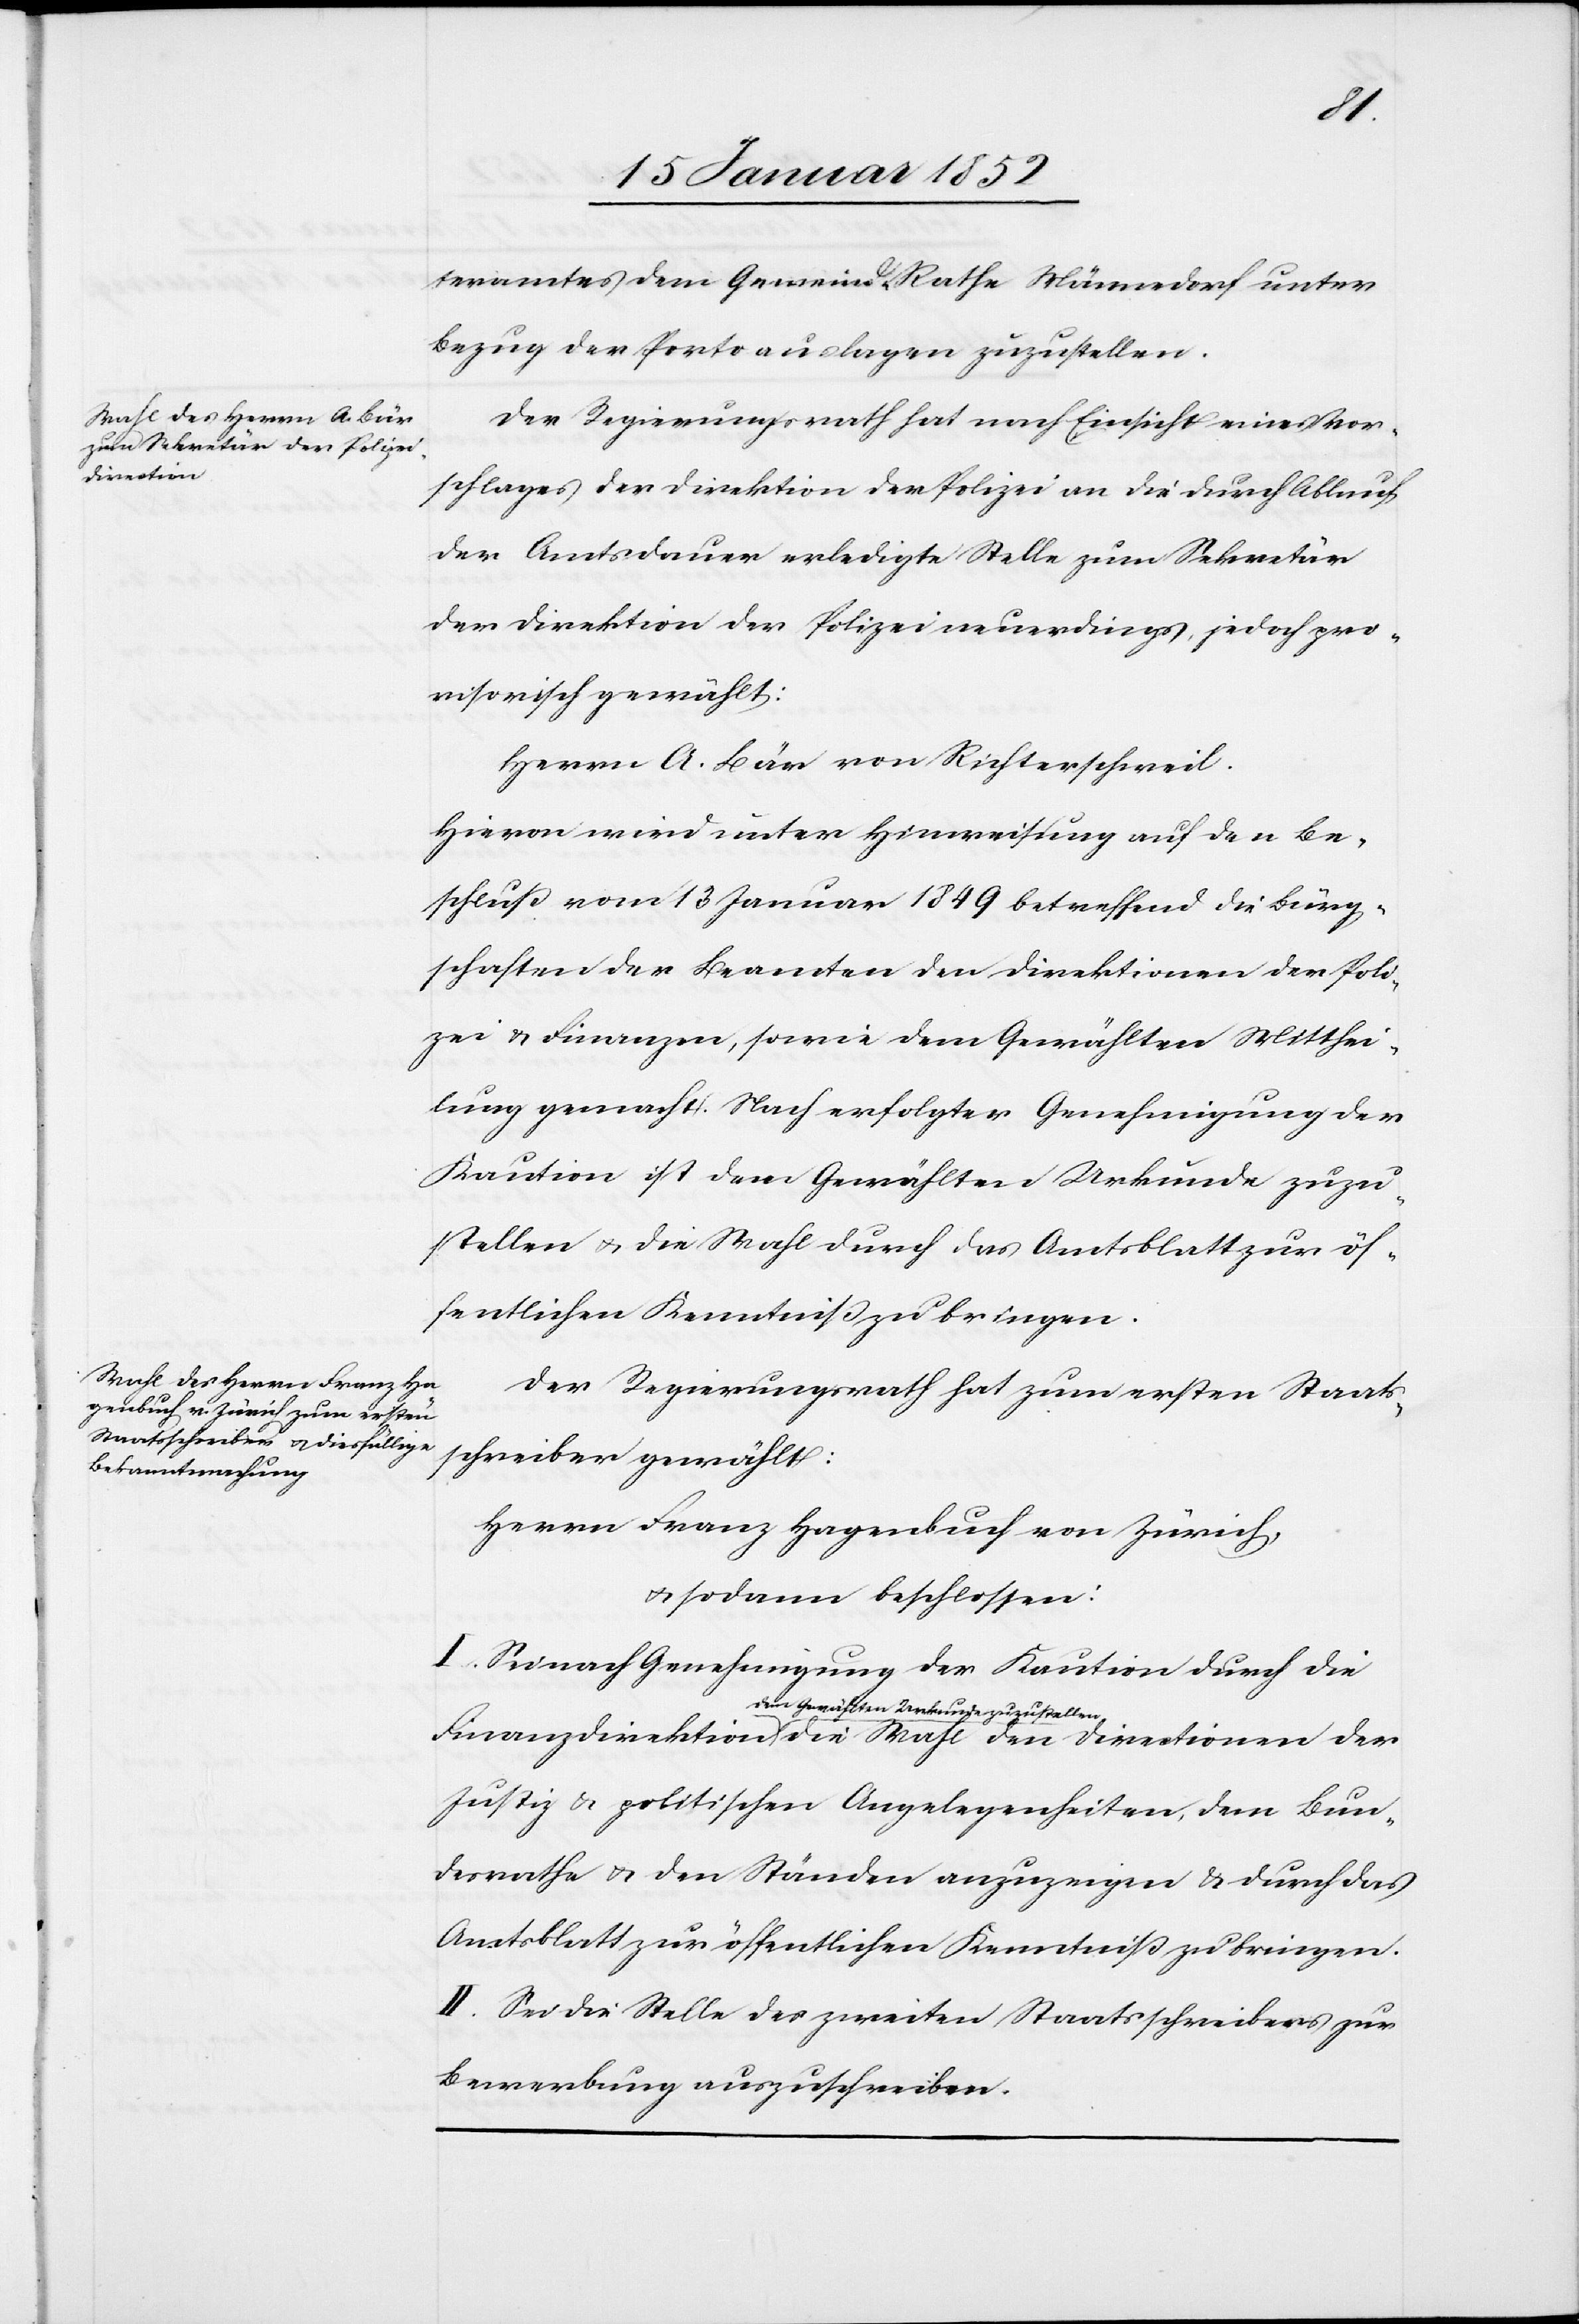
Direktionen

der
teramtes dem Gemeind-Rathe Männedorf unter
Bezug der Portoauslagen zuzustellen.
Der Regierungsrath hat nach Einsicht eines Vor¬
schlages der Direktion der Polizei an die durch Ablauf
der Amtsdauer erledigte Stelle zum Sekretär
der Direktion der Polizei neuerdings, jedoch pro¬
visorisch gewählt:
Herrn A. Bär von Richterschweil.
Hiervon wird unter Hinweisung auf den Be¬
schluß vom 13 Januar 1849 betreffend die Bürg¬
schaften der Beamten den Direktionen der Poli¬
zei u. Finanzen, sowie dem Gewählten Mitthei¬
lung gemacht. Nach erfolgter Genehmigung der
Kaution ist dem Gewählten Urkunde zuzu¬
stellen u. die Wahl durch das Amtsblatt zur öf¬
fentlichen Kenntniß zu bringen.
Der Regierungsrath hat zum ersten Staats¬
schreiber gewählt:
Herrn Franz Hagenbuch von Zürich,
u. sodann beschlossen:
I. Sei nach Genehmigung der Kaution durch die
dem Gewählten Urkunde zuzustellen,
Justiz u. politischen Angelegenheiten, dem Bun¬
desrathe u. den Ständen anzuzeigen u. durch das
Amtsblatt zur öffentlichen Kenntniß zu bringen.
II. Sei die Stelle des zweiten Staatsschreibers zur
Bewerbung auszuschreiben.